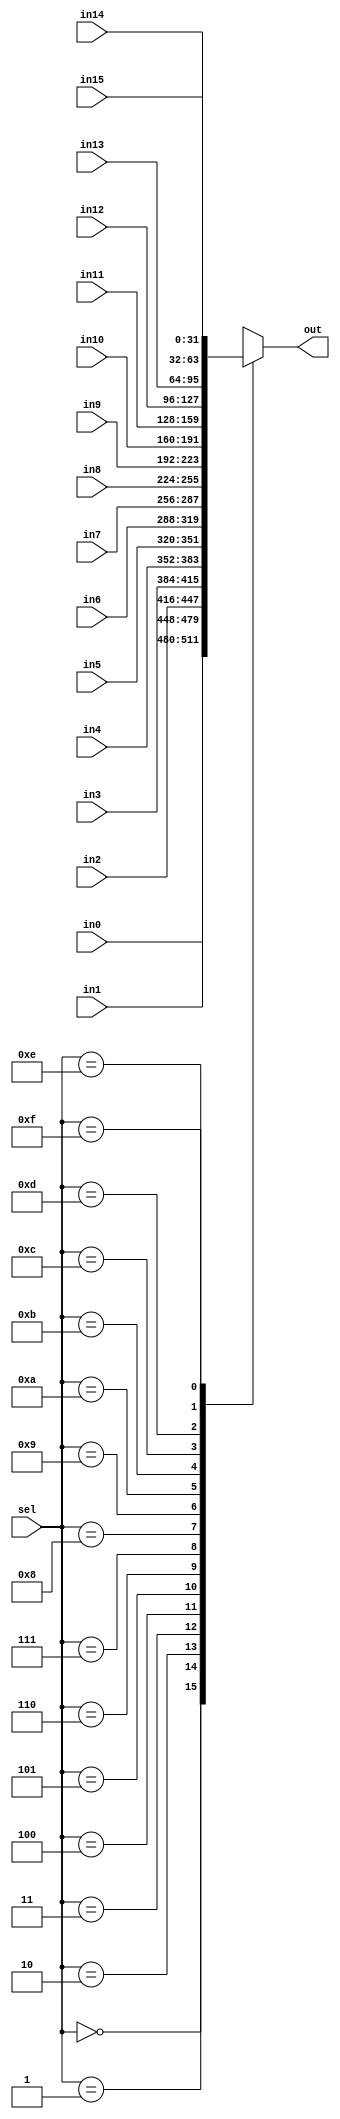
`timescale 1ns / 1ps

////////////////////////////////////////////////////////////////////////////////
// ECE369 - Computer Architecture
// Laboratory 1
// Module - mux_2to1_32bit.v
// Description - Performs signal multiplexing between 2 32-Bit words.
////////////////////////////////////////////////////////////////////////////////

module mux_16to1_32bit(out, in0, in1, in2, in3,in4,in5,in6,in7,in8, in9, in10, in11,in12,in13,in14,in15, sel);

    output  [31:0] out;
    
    input   [31:0] in0, in1, in2, in3,in4,in5,in6,in7,in8, in9, in10, in11,in12,in13,in14,in15;
    input   [3:0]  sel;
	reg [31:0]out;
    /* Fill in the implementation here ... */ 
	 always@(in0, in1, in2, in3,in4,in5,in6,in7,in8, in9, in10, in11,in12,in13,in14,in15,sel)
	 begin
		case (sel) 
			0:
				out <= in0;
			1:
				out <= in1;
			2:
				out <= in2;
			3:
				out <= in3;
			4:
				out <= in4;
			5:
				out <= in5;
			6:
				out <= in6;
			7:
				out <= in7;
			8:
				out <= in8;
			9:
				out <= in9;
			10:
				out <= in10;
			11:
				out <= in11;
			12:
				out <= in12;
			13:
				out <= in13;
			14:
				out <= in14;
			15:
				out <= in15;
		endcase
	 end
	 

endmodule